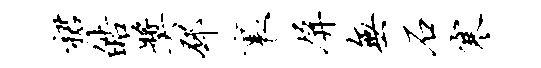
裙皓奖邳里屏无石寒